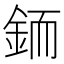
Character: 𲇋